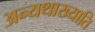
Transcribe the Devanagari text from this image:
अन्यथाख्याति